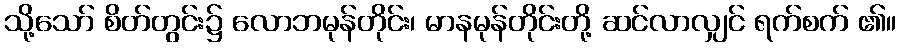
သို့သော် စိတ်တွင်း၌ လောဘမုန်တိုင်း၊ မာနမုန်တိုင်းတို့ ဆင်လာလျှင် ရက်စက် ၏။